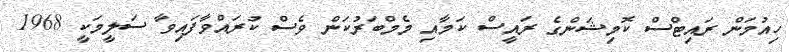
ހިއުމަން ރައިޓްސް ކޮމިޝަންގެ ރައީސް ކަމާއި މެމްބަރުކަން ވެސް ކުރައްވާފައިވާ ސަލީމަކީ 1968